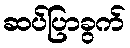
ဆပ်ပြာခွက်